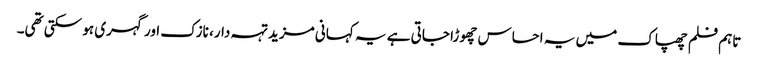
تاہم فلم چھپاک میں یہ احساس چھوڑا جاتی ہے یہ کہانی مزید تہہ دار، نازک اور گہری ہو سکتی تھی۔